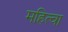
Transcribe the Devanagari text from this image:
महित्वा